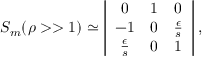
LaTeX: S _ { m } ( \rho > > 1 ) \simeq \left| \begin{array} { c c c } { { 0 } } & { { 1 } } & { { 0 } } \\ { { - 1 } } & { { 0 } } & { { \frac { \epsilon } { s } } } \\ { { \frac { \epsilon } { s } } } & { { 0 } } & { { 1 } } \end{array} \right| ,